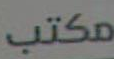
مكتب